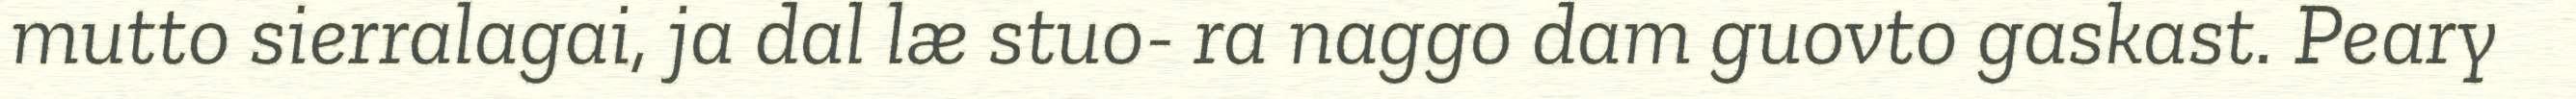
mutto sierralagai, ja dal læ stuo- ra naggo dam guovto gaskast. Peary